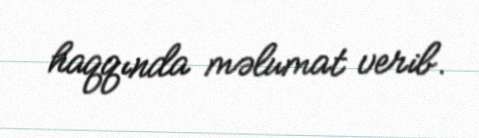
haqqında məlumat verib.